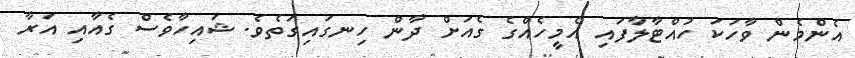
އެންމެން ވާހަކަ ހުއްޓާލާފައި އެމީހެއްގެ ގެއަށް ދާން ހިނގައިގަތެވެ. ޝައިހާވެސް ގެއާއި އަރާ